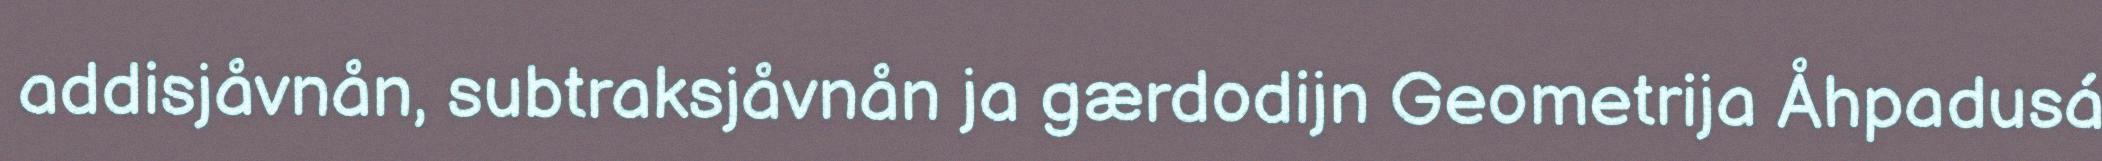
addisjåvnån, subtraksjåvnån ja gærdodijn Geometrija Åhpadusá